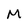
Character: M